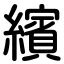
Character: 繽